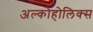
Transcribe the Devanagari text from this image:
अल्कोहोलिक्स